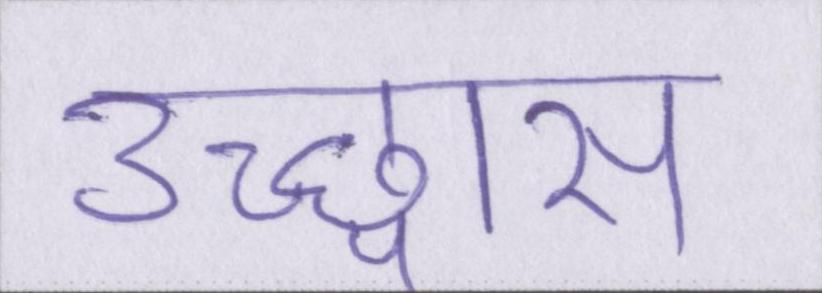
उच्छ्वास